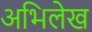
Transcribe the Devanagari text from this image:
अभिलेख